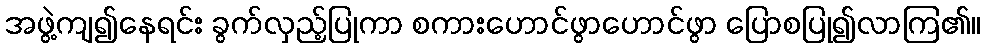
အဖွဲ့ကျ၍နေရင်း ခွက်လှည့်ပြုကာ စကားဟောင်ဖွာဟောင်ဖွာ ပြောစပြု၍လာကြ၏။